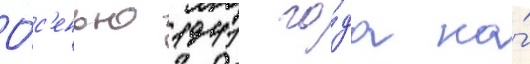
О́с'енью 1941 го́да на́